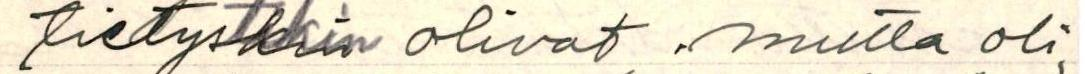
tietystikin olivat, mutta oli-